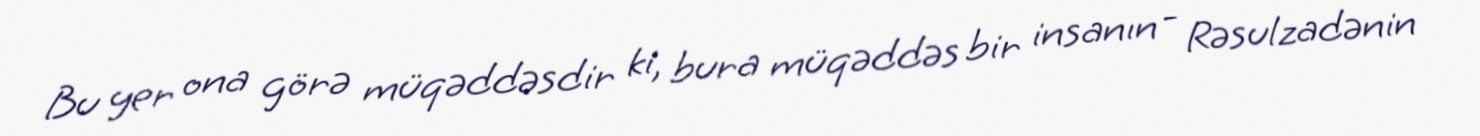
Bu yer ona görə müqəddəsdir ki, bura müqəddəs bir insanın - Rəsulzadənin